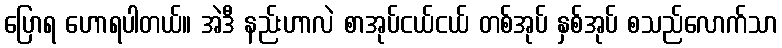
ပြောရ ဟောရပါတယ်။ အဲဒီ နည်းဟာလဲ စာအုပ်ငယ်ငယ် တစ်အုပ် နှစ်အုပ် စသည်လောက်သာ